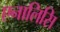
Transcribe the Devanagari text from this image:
एनालिसि